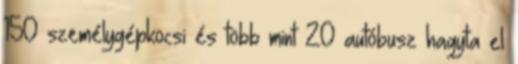
150 személygépkocsi és több mint 20 autóbusz hagyta el